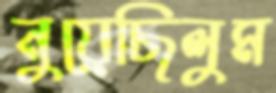
নুয়েছিলুম